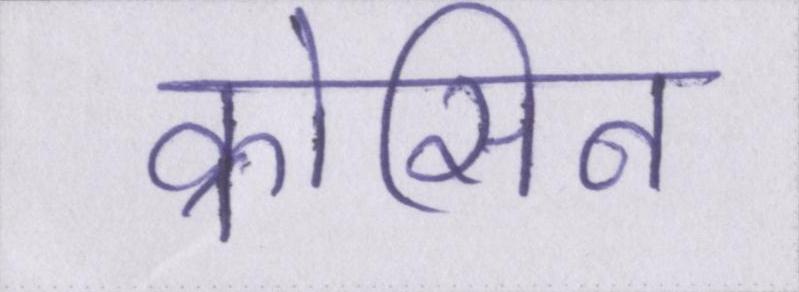
क्रोसिन